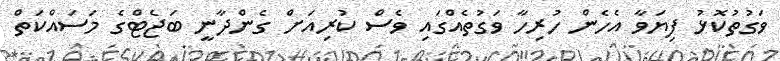
ވަގުތުކޮޅު ފިޔަވާ އެހެން ހުރިހާ ވަގުތެއްގައި ވެސް ކުރިއަށް ގެންދާނީ ބަޖެޓްގެ މަސައްކަތް